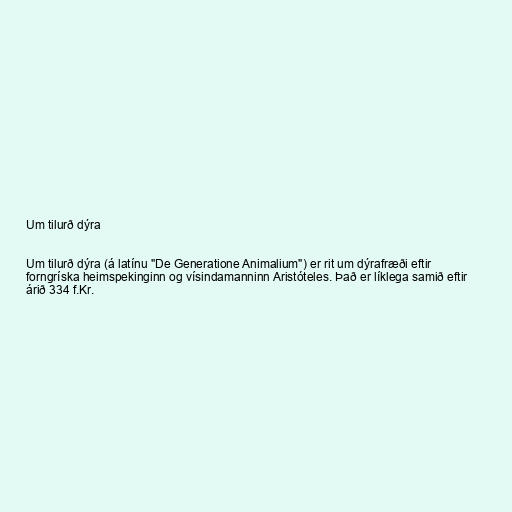
Um tilurð dýra

Um tilurð dýra (á latínu "De Generatione Animalium") er rit um dýrafræði eftir
forngríska heimspekinginn og vísindamanninn Aristóteles. Það er líklega samið eftir
árið 334 f.Kr.